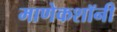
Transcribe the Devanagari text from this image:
माणेकशॉनी